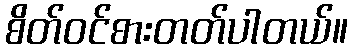
စိတ်ဝင်စားတတ်ပါတယ်။